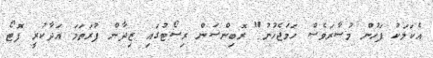
އެކަމަކު ފަހުން މުސާރަވެސް ހަމަޖެހުނު" ރޮބިންސަން ރިސޯޓުގައި ޒިދާން ފުރަތަމަ އަދާކުރީ ފޮޓޯ